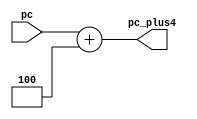
//version 1.1 11:15PM 4/6/2020
/*
module PCPlus4: lay ket qua pc va cong them 4
pc: ngo vao gia tri hien tai cua pc
pc_plus4: gia tri bang pc + 4
*/
module PCPlus4(pc_plus4, pc);
input [31:0] pc;
output wire [31:0] pc_plus4;

assign pc_plus4 = pc + 32'd4;
endmodule